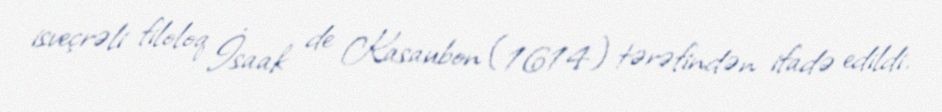
isveçrəli filoloq İsaak de Kasaubon (1614) tərəfindən ifadə edildi.